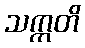
သက္ကတိ